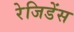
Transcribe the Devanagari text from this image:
रेजिडेंस